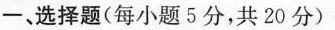
一、选择题(每小题5分，共20分)